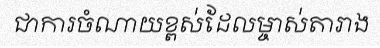
ជាការចំណាយខ្ពស់ដែលម្ចាស់តារាង